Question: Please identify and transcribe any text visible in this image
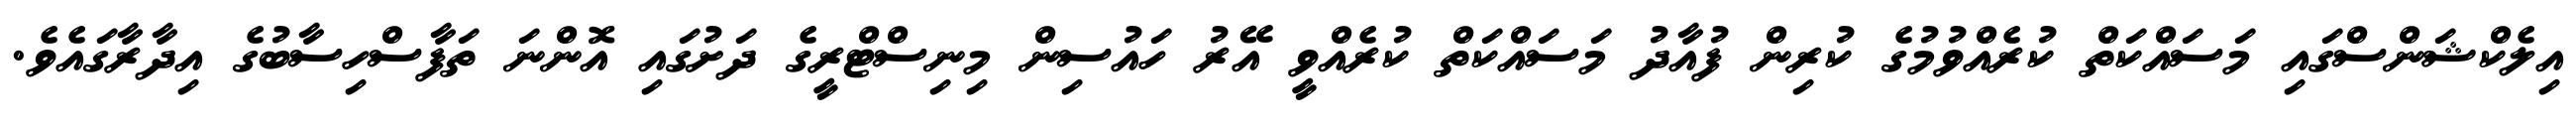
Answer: އިލެކްޝަންސްގައި މަސައްކަތް ކުރެއްވުމުގެ ކުރިން ފުއާދު މަސައްކަތް ކުރެއްވީ އޭރު ހައުސިން މިނިސްޓްރީގެ ދަށުގައި އޮންނަ ތަފާސްހިސާބުގެ އިދާރާގައެވެ.